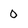
Character: 0